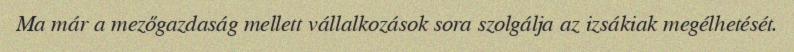
Ma már a mezőgazdaság mellett vállalkozások sora szolgálja az izsákiak megélhetését.